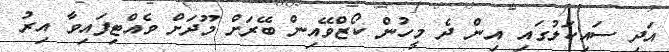
އަދި ސައިކަލުގައި އިން ދެ މީހުން ކޯޒްވޭއިން ބޭރަށް މޫދަށް ވެއްޓިފައިވާ އިރު